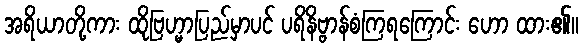
အရိယာတို့ကား ထိုဗြဟ္မာပြည်မှာပင် ပရိနိဗ္ဗာန်စံကြရကြောင်း ဟော ထား၏။